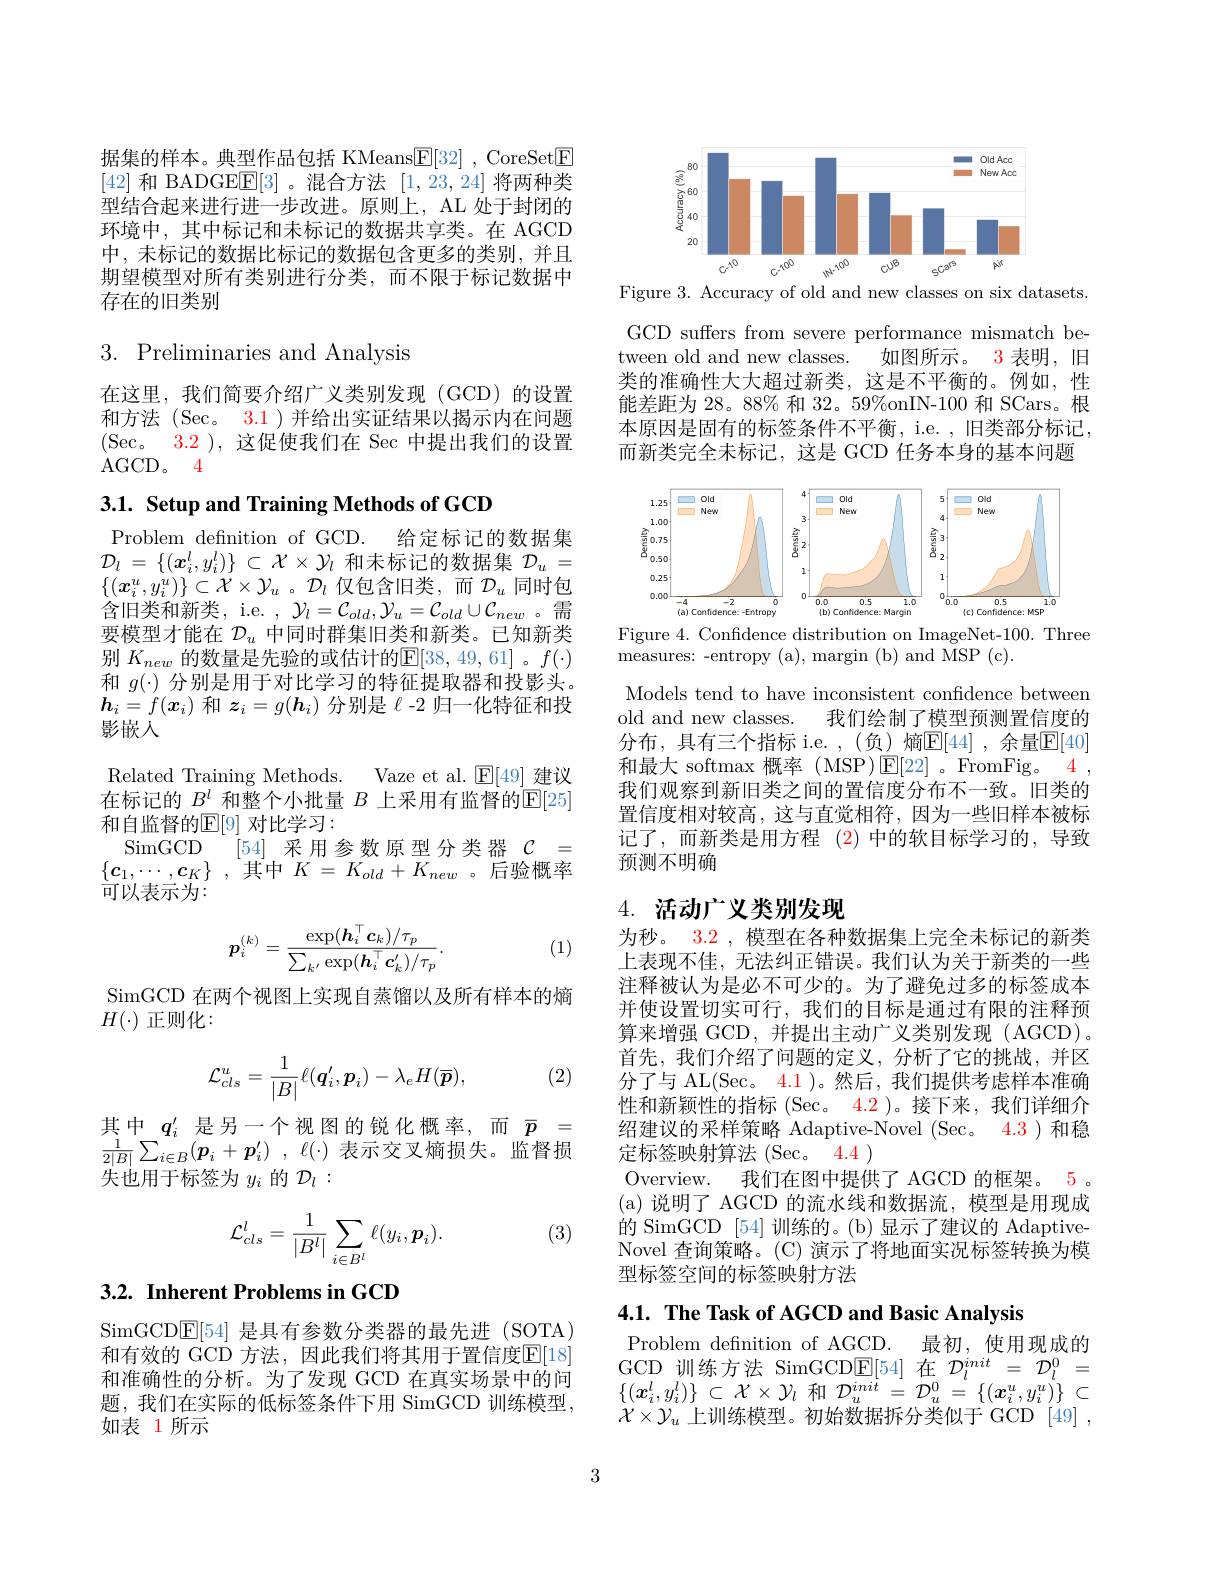
据集的样本。典型作品包括 KMeans$\boxed{\mathrm{F} }[ 32]$ , CoreSet$\boxed{\mathrm{F}}$ [42]和 BADGE$\boxed{\mathrm{E}}[3]$。混合方法[1,23,24]将两种类型结合起来进行进一步改进。原则上，AL 处于封闭的环境中，其中标记和未标记的数据共享类。在 AGCD 中，未标记的数据比标记的数据包含更多的类别，并且期望模型对所有类别进行分类，而不限于标记数据中存在的旧类别

## 3. Preliminaries and Analysis

在这里，我们简要介绍广义类别发现(GCD)的设置和方法(Sec。3.1)并给出实证结果以揭示内在问题(Sec。3.2),这促使我们在 Sec 中提出我们的设置AGCD。4

## 3.1. Setup and Training Methods of GCD

Problem definition of GCD. 给定标记的数据集$\mathcal{D} _l$ = $\{ ( \boldsymbol{x}_i^l, y_i^l) \}$ $\subset$ $\mathcal{X} \times \mathcal{Y} _l$和未标记的数据集$\mathcal{D} _u$ = $\{(\boldsymbol{x}_i^u,y_i^u)\}\subset\mathcal{X}\times\mathcal{Y}_u$ 。$\mathcal{D}_l$仅包含旧类，而$\mathcal{D}_u$同时包含旧类和新类，i.e. $,\mathcal{Y}_l=\mathcal{C}_{old},\mathcal{Y}_u=\mathcal{C}_{old}\cup\mathcal{C}_{new}$。需要模型才能在$\mathcal{D}_u$中同时群集旧类和新类。已知新类别 $K_{new}$ 的数量是先验的或估计的$\mathbb{E}[38,49,61]$。$f(\cdot)$ 和$g(\cdot)$分别是用于对比学习的特征提取器和投影头。$\boldsymbol{h}_i=f(\boldsymbol{x}_i)$和$\boldsymbol z_i=g(\boldsymbol{h}_i)$分别是$\ell$ -2 归一化特征和投影嵌入
Related Training Methods. Vaze et al. $\mathbb{E}[49]$建议在标记的$\bar B^l$和整个小批量$B$上采用有监督的$\bar{\mathrm{E}}[25]$ 和自监督的$\mathbb{E}[9]$ 对比学习：
SimGCD [54]采用参数原型分类器$\mathcal{C}=$ $\{ \boldsymbol{c}_1, \cdots , \boldsymbol{c}_K\}$ ,其中$K=K_old+K_{new}$。后验概率可以表示为：

(1)
$$\boldsymbol{p}_{i}^{(k)}=\frac{\exp(\boldsymbol{h}_{i}^{\top}\boldsymbol{c}_{k})/\tau_{p}}{\sum_{k'}\exp(\boldsymbol{h}_{i}^{\top}\boldsymbol{c}_{k}^{\prime})/\tau_{p}}.$$
SimGCD 在两个视图上实现自蒸馏以及所有样本的熵
$H(\cdot)$正则化：

(2)
$$\mathcal{L}_{cls}^u=\frac{1}{|B|}\ell(\boldsymbol{q}_i',\boldsymbol{p}_i)-\lambda_eH(\overline{\boldsymbol{p}}),$$
其中 $q_i^{\prime}$ 是另一个视图的锐化概率，而$\bar{p}=$ $\frac 1{2| B| }\sum _{i\in B}( p_{i}+ \boldsymbol{p}_{i}^{\prime })$ , $\ell ( \cdot )$ 表示交叉熵损失。监督损失也用于标签为$y_i$的$\mathcal{D}_l:$

(3)
$$\mathcal{L}_{cls}^l=\frac{1}{|B^l|}\sum_{i\in B^l}\ell(y_i,\boldsymbol{p}_i).$$
# 3.2. Inherent Problems in GCD

SimGCD$\boxed{\mathrm{E}}[54]$是具有参数分类器的最先进(SOTA) 和有效的 GCD 方法，因此我们将其用于置信度$\mathbb{E}[18]$ 和准确性的分析。为了发现 GCD 在真实场景中的问题，我们在实际的低标签条件下用 SimGCD 训练模型， 如表 1 所示

<FigureHere>
Figure 3. Accuracy of old and new classes on six datasets.

GCD suffers from severe performance mismatch be-
如图所示。
3 表明，旧
tween old and new classes.
类的准确性大大超过新类，这是不平衡的。例如，性能差距为 28。88% 和 32。59%onIN-100 和 SCars。根本原因是固有的标签条件不平衡，i.e. , 旧类部分标记， 而新类完全未标记，这是 GCD 任务本身的基本问题

<FigureHere>
Figure 4. Confidence distribution on ImageNet-100. Three

measures: -entropy (a), margin (b) and MSP (c).

Models tend to have inconsistent confidence between
old and new classes.
我们绘制了模型预测置信度的
分布，具有三个指标 i.e. ,(负)熵$\mathbb{E}[44]$ ,余量$\mathbb{E}[40]$ 和最大 softmax 概率 (MSP)[E]22]。FromFig。4我们观察到新旧类之间的置信度分布不一致。旧类的置信度相对较高，这与直觉相符，因为一些旧样本被标记了，而新类是用方程 (2)中的软目标学习的，导致预测不明确

# $4. \textbf{ 活 动 广 义 类 别 发 现 }$

为秒。3.2 , 模型在各种数据集上完全未标记的新类上表现不佳，无法纠正错误。我们认为关于新类的一些注释被认为是必不可少的。为了避免过多的标签成本并使设置切实可行，我们的目标是通过有限的注释预算来增强 GCD,并提出主动广义类别发现(AGCD)。首先，我们介绍了问题的定义，分析了它的挑战，并区分了与 AL(Sec。4.1 )。然后，我们提供考虑样本准确性和新颖性的指标(Sec。4.2 )。接下来，我们详细介绍建议的采样策略 Adaptive-Novel (Sec。4.3)和稳定标签映射算法 (Sec。4.4 )
Overview. 我们在图中提供了 AGCD 的框架。5 (a)说明了 AGCD 的流水线和数据流，模型是用现成的 SimGCD [54] 训练的。(b) 显示了建议的 AdaptiveNovel 查询策略。(C) 演示了将地面实况标签转换为模型标签空间的标签映射方法

4.1. The Task of AGCD and Basic Analysis

Problem defnition of AGCD. 最初，使用现成的GCD 训练方法 SimGCD$\mathbb{E}[54]$在$\mathcal{D}_l^{init}=\mathcal{D}_l^0=$ $\{ ( \boldsymbol{x}_{i}^{l}, y_{i}^{l}) \}$ $\subset$ $\mathcal{X} \times \mathcal{Y} _{l}$和$\mathcal{D} _u^{\overline {init}}=$ $\overline {\mathcal{D} }_{u}^{0}= \left \{ ( \boldsymbol{x}_{i}^{u}, y_{i}^{u}) \right \}$ $\subset$ $\mathcal{X}\times\mathcal{Y}_u$上训练模型。初始数据拆分类似于 GCD [49] ,

3